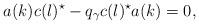
LaTeX: \begin{align*}a(k) c(l)^{\star} -q_{\gamma} c(l)^{\star} a(k)=0, \end{align*}